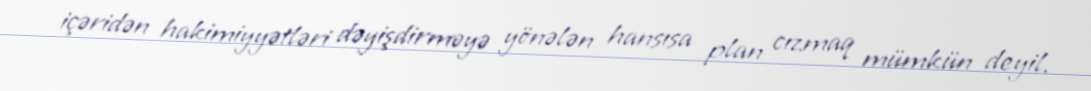
içəridən hakimiyyətləri dəyişdirməyə yönələn hansısa plan cızmaq mümkün deyil.